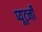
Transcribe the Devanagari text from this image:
प्यूट्नी